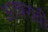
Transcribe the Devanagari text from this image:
आचरावी